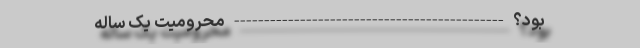
بود؟ --------------------------------------------- محرومیت یک ساله